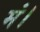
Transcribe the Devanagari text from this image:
मं।